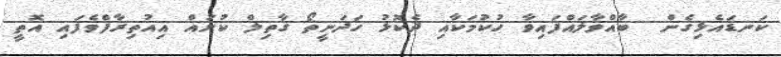
ކަނޑައެޅިގެން  ބާއްވާލައްފައިވާ ހުކުމަކާއި ދެކޮޅު ހަދަނީތޯ ޤާތިލް ކުށައް އިއުތިރާފްވެފައި އޮތީ